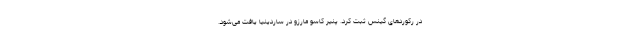
در رکوردهای گینس ثبت کرد. پنیر کاسو مارزو در ساردینیا یافت می‌شود.